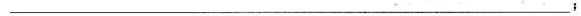
\underline；